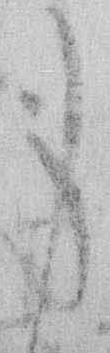
身